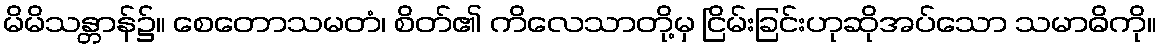
မိမိသန္တာန်၌။ စေတောသမတံ၊ စိတ်၏ ကိလေသာတို့မှ ငြိမ်းခြင်းဟုဆိုအပ်သော သမာဓိကို။